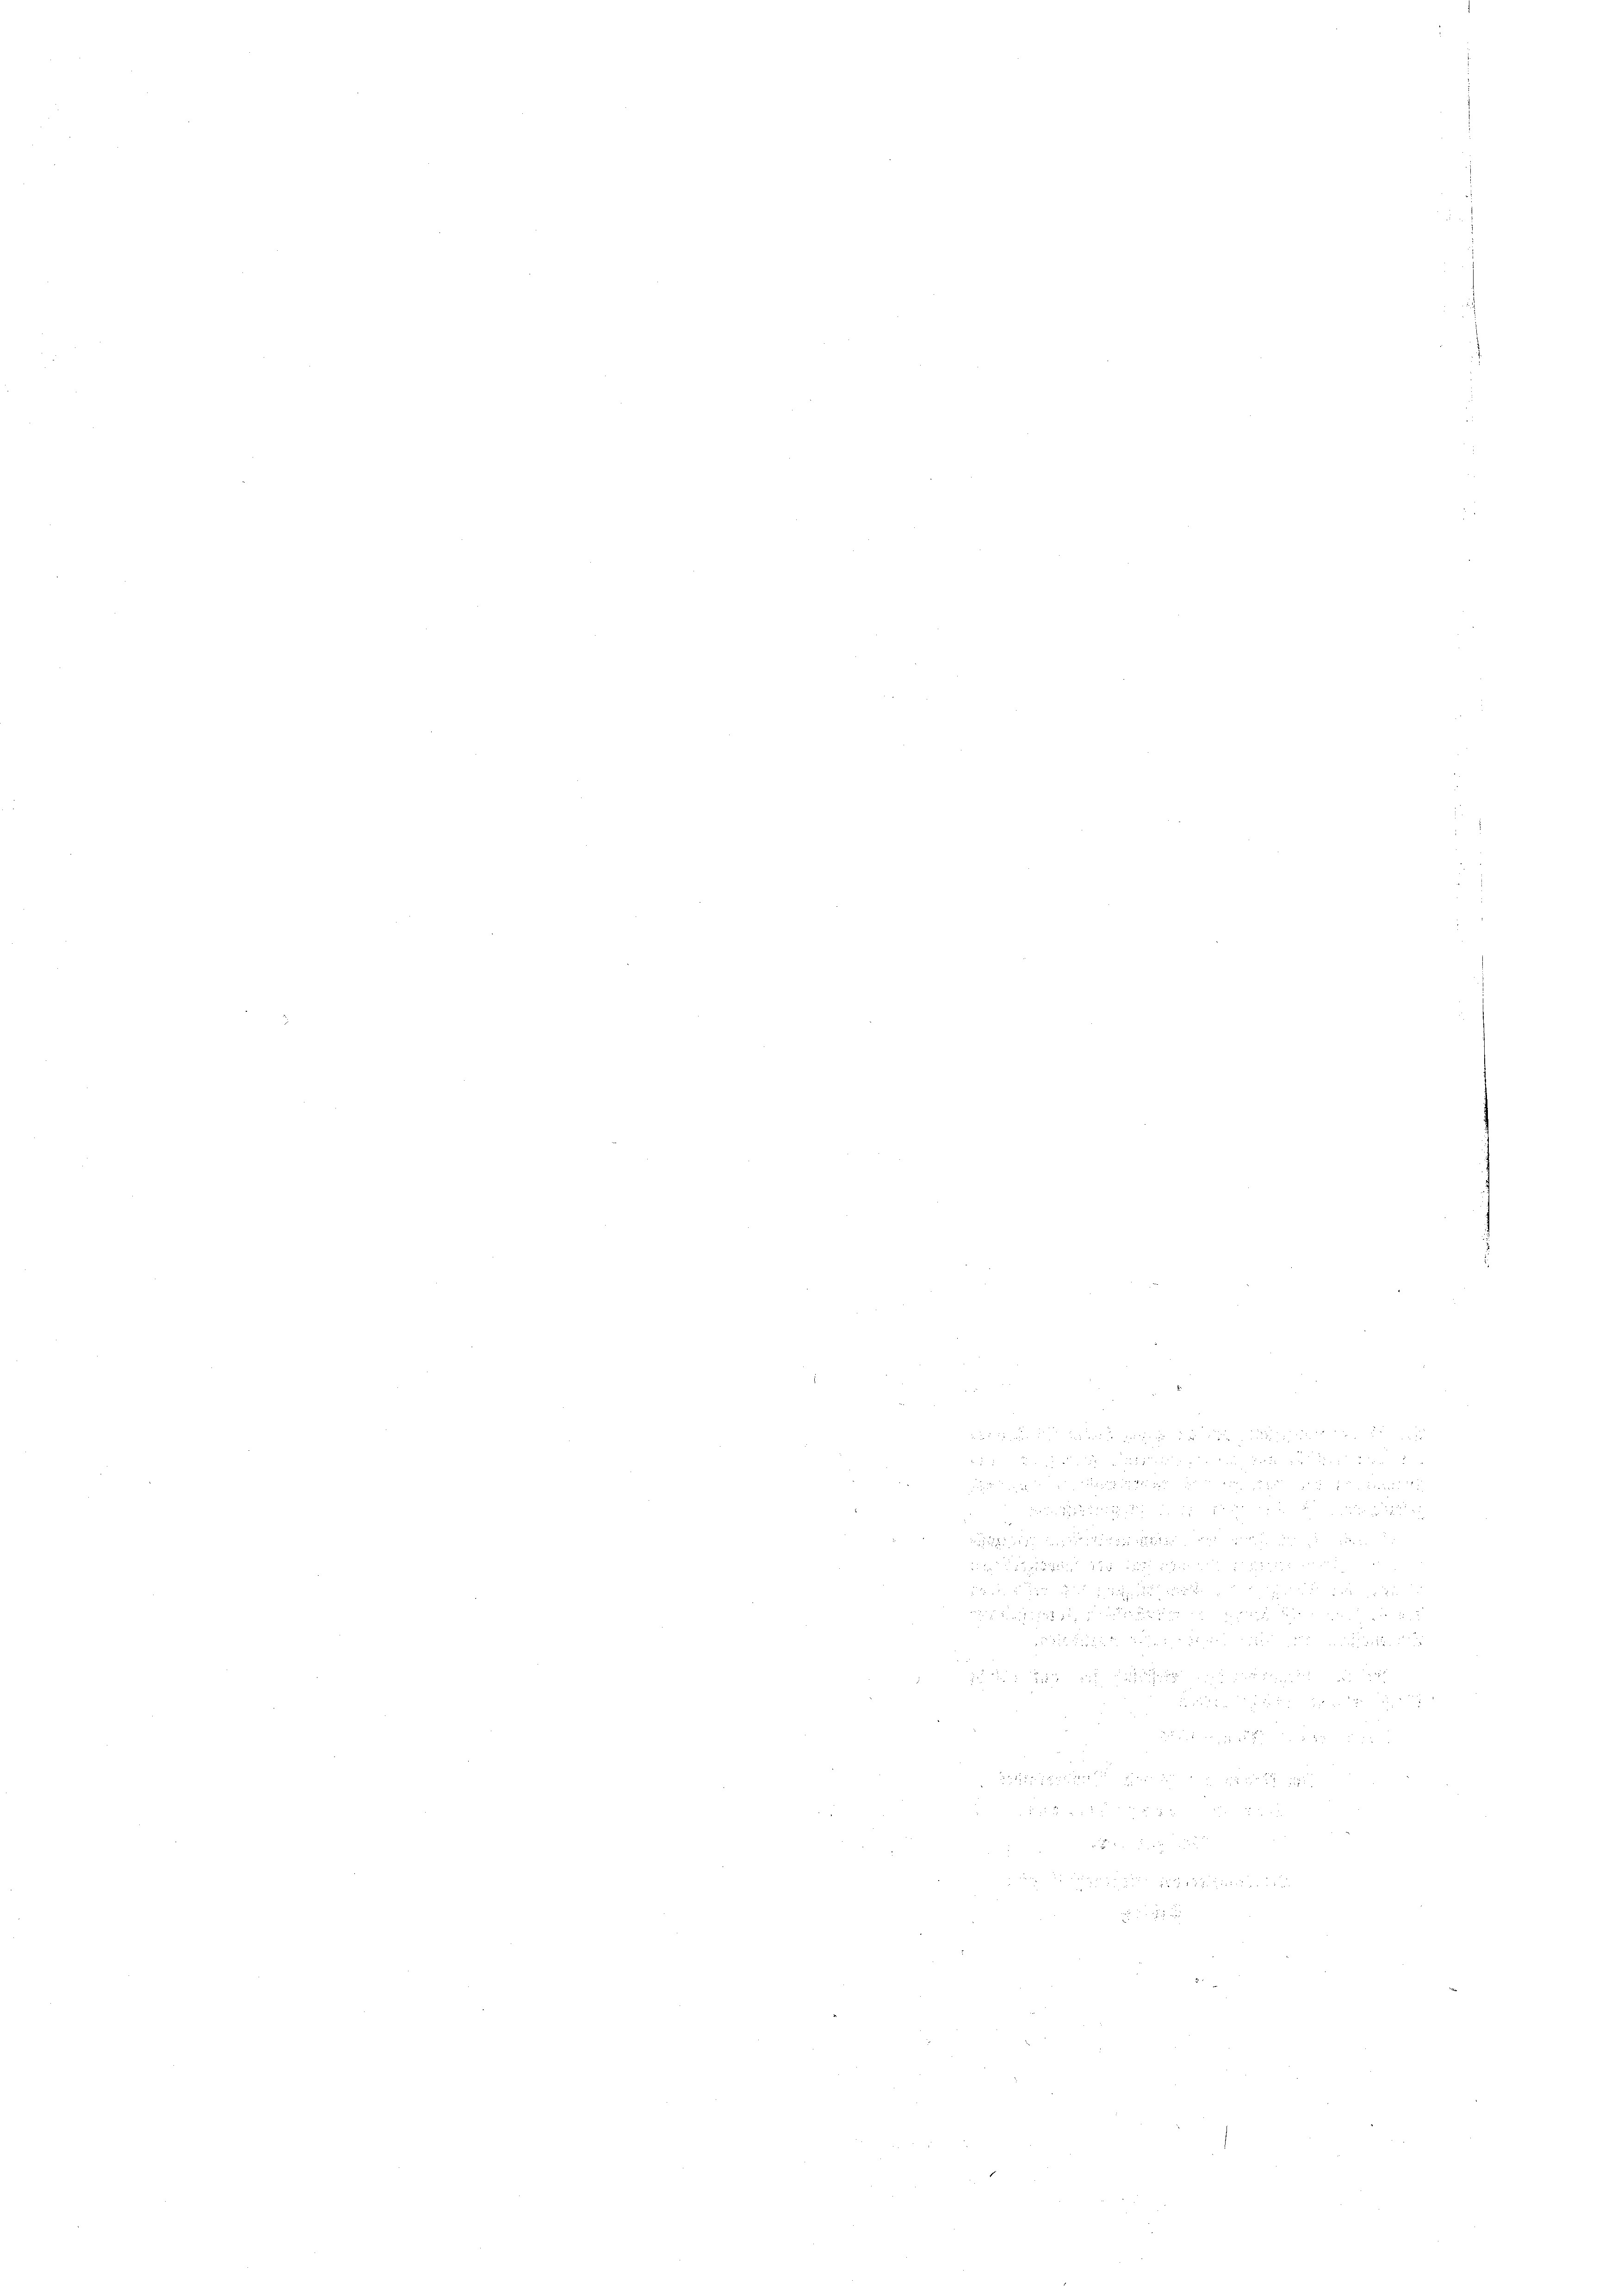
x 4